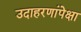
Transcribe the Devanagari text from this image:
उदाहरणांपेक्षा